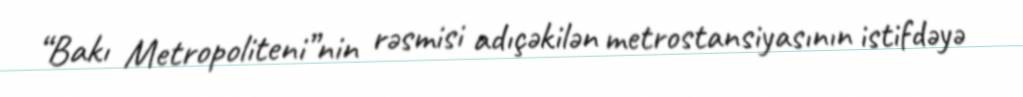
“Bakı Metropoliteni”nin rəsmisi adıçəkilən metrostansiyasının istifdəyə